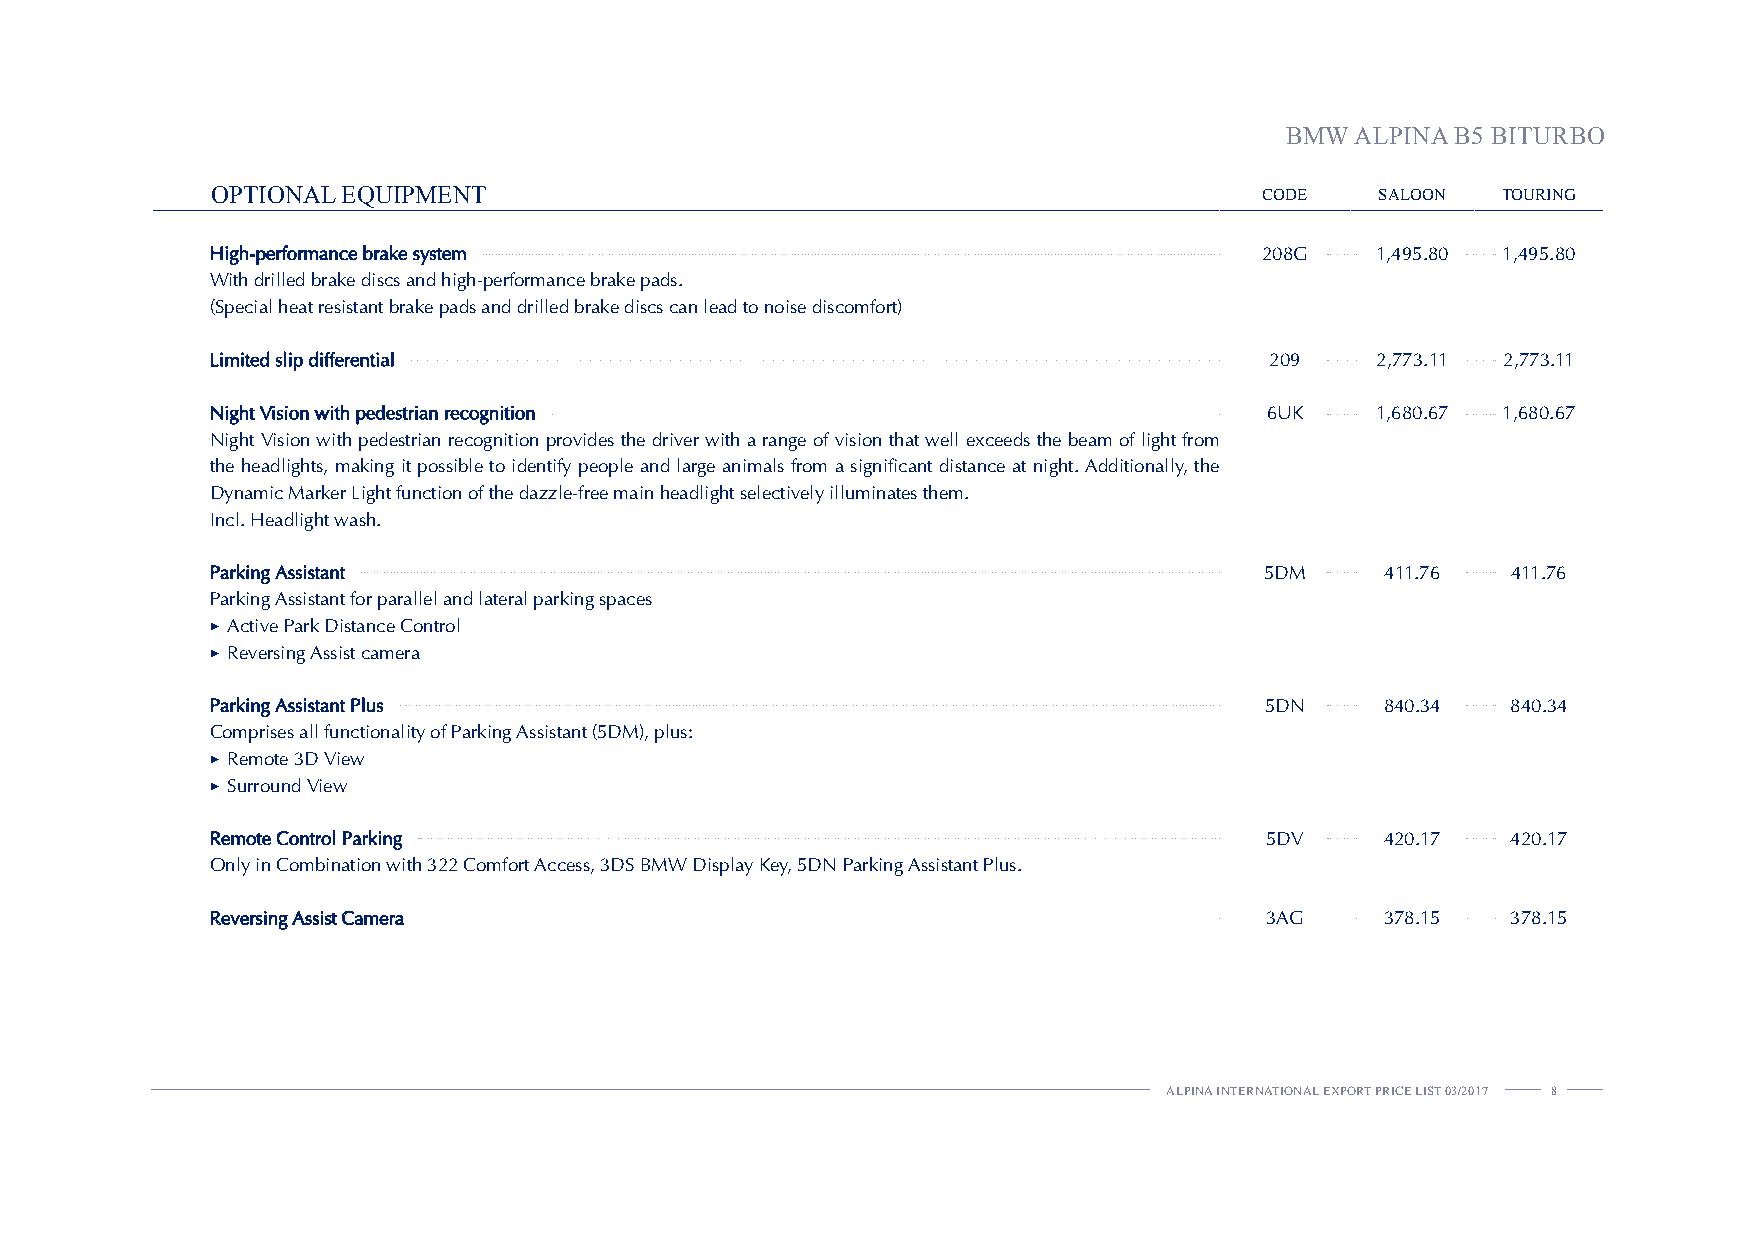
BMW  ALPINA B5 BITURBO
 OPTIONAL EQUIPMENT                                                    CODE   SALOON  TOURING
 High-performance brake system                                         208G   1,495.80 1,495.80
 With drilled brake discs and high-performance brake pads.
 (Special heat resistant brake pads and drilled brake discs can lead to noise discomfort)
 Limited slip differential                                             209    2,773.11 2,773.11
 Night Vision with pedestrian recognition                              6UK    1,680.67 1,680.67
 Night Vision with pedestrian recognition provides the driver with a range of vision that well exceeds the beam of light from
 the headlights, making it possible to identify people and large animals from a significant distance at night. Additionally, the
 Dynamic Marker Light function of the dazzle-free main headlight selectively illuminates them.
 Incl. Headlight wash.
 Parking Assistant                                                     5DM     411.76  411.76
 Parking Assistant for parallel and lateral parking spaces
 ► Active Park Distance Control
 ► Reversing Assist camera
 Parking Assistant Plus                                                5DN     840.34  840.34
 Comprises all functionality of Parking Assistant (5DM), plus:
 ► Remote 3D View
 ► Surround View
 Remote Control Parking                                                5DV     420.17  420.17
 Only in Combination with 322 Comfort Access, 3DS BMW Display Key, 5DN Parking Assistant Plus.
 Reversing Assist Camera                                               3AG     378.15  378.15
 ALPINA INTERNATIONAL EXPORT PRICE LIST 03/2017 8